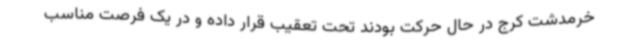
خرمدشت کرج در حال حرکت بودند تحت تعقیب قرار داده و در یک فرصت مناسب